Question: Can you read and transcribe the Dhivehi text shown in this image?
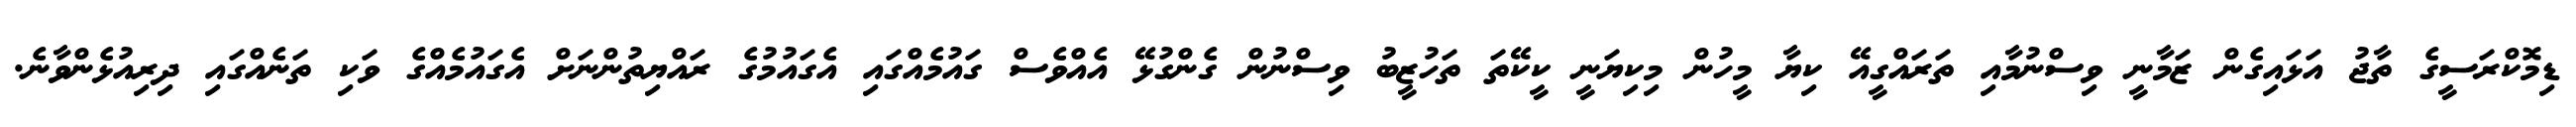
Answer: ޑިމޮކްރަސީގެ ތާޖު އަޅައިގެން ޒަމާނީ ވިސްނުމާއި ތަރައްގީއޭ ކިޔާ މީހުން މިކިޔަނީ ކީކޭތަ ތަހުޒީބު ވިސްނުން ގެންގުޅޭ އެއްވެސް ގައުމެއްގައި އެގައުމުގެ ރައްޔިތުންނަށް އެގައުމެއްގެ ވަކި ތަނެއްގައި ދިރިއުޅެންވާނެ.